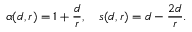
\alpha ( d , r ) = 1 + \frac { d } { r } , \ \ \ s ( d , r ) = d - \frac { 2 d } { r } .